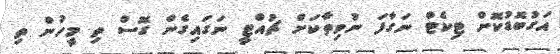
އަގުބޮޑުކޮށް ޓިކެޓް ނަގާފަ ނުވިތާކަށް ޗުއްޓީ ނަގައިގެން ގޮސް ތި މީހުން ތި